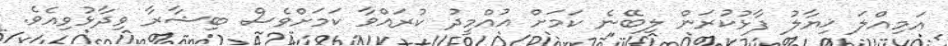
އަމިއްލަ ޚިޔާލު ފާޅުކުރަން ލިބޭނެ ކަމަށް އުއްމީދު ކުރައްވާ ކަމަށްވެސް ބިޝާރާ ވިދާޅުވިއެވެ.